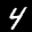
Label: 4